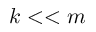
k < < m